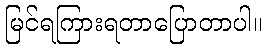
မြင်ရကြားရတာပြောတာပါ။